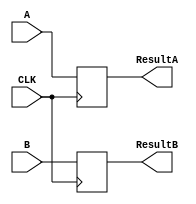
`timescale 1ns / 1ps
//////////////////////////////////////////////////////////////////////////////////
// Company: 
// Engineer: 
// 
// Design Name: 
// Module Name: A_B_reg
// Project Name: 
// Target Devices: 
// Tool Versions: 
// Description: 
// 
// Dependencies: 
// 
// Revision:
// Revision 0.01 - File Created
// Additional Comments:
// 
//////////////////////////////////////////////////////////////////////////////////


module A_B_reg(input CLK,input [31:0]A,B,output reg [31:0]ResultA,ResultB

    );
    //reg [31:0]mem[1:0];
    always @ (posedge CLK) begin
        ResultA=A;
        ResultB=B;
    end
   /* assign ResultA=mem[0];
    assign ResultB=mem[1];*/
endmodule